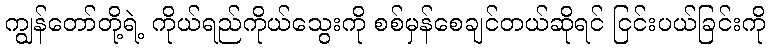
ကျွန်တော်တို့ရဲ့ ကိုယ်ရည်ကိုယ်သွေးကို စစ်မှန်စေချင်တယ်ဆိုရင် ငြင်းပယ်ခြင်းကို